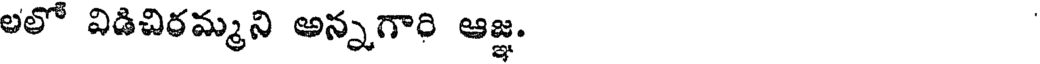
లలో విడిచిరమ్మని అన్నగారి ఆజ్ఞ.